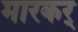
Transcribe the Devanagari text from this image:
मारकर्